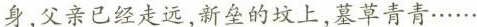
身，父亲已经走远，新垒的坟上，墓草青青……